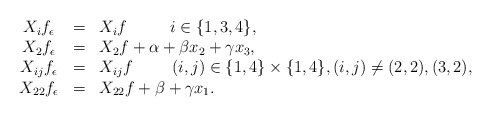
\begin{align*}\begin{array}{ccll}$$X_if_\epsilon&=&X_if \hskip 1.1cm i\in\{1,3,4\},$$\\$$X_2f_\epsilon&=&X_2f+\alpha+\beta x_2+\gamma x_3,$$\\$$X_{ij}f_\epsilon&=&X_{ij}f \hskip 1cm (i,j)\in\{1,4\}\times\{1,4\},(i,j)\not=(2,2),(3,2),$$\\$$X_{22}f_\epsilon&=&X_{22}f+\beta+\gamma x_1.$$\end{array}\end{align*}